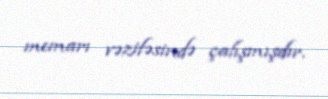
memarı vəzifəsində çalışmışdır.